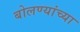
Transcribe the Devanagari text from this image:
बोलण्यांच्या